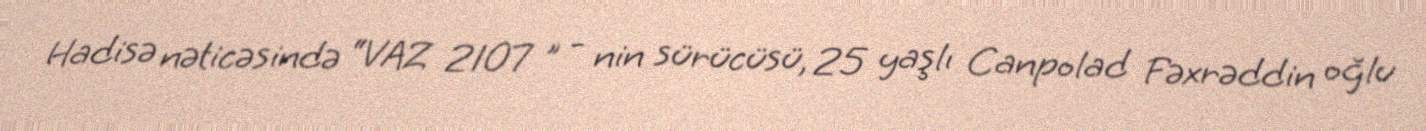
Hadisə nəticəsində “VAZ 2107 ” - nin sürücüsü, 25 yaşlı Canpolad Fəxrəddin oğlu